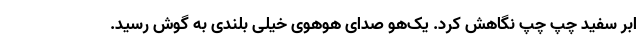
ابر سفید چپ چپ نگاهش کرد. یک‌هو صدای هوهوی خیلی بلندی به گوش رسید.